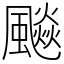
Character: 飈